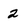
Character: 2